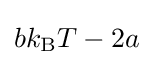
bk_{\mathrm {B} }T-2a